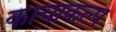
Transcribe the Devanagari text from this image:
कायाकल्‍प